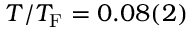
T / T _ { \mathrm { F } } = 0 . 0 8 ( 2 )